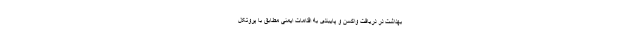
بهداشت در دریافت واکسن و پایبندی به اقدامات ایمنی مطابق با پروتکل